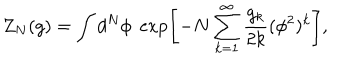
LaTeX: Z _ { N } ( g ) = \int d ^ { N } \phi \; \exp \left[ - N \sum _ { k = 1 } ^ { \infty } \frac { g _ { k } } { 2 k } ( \phi ^ { 2 } ) ^ { k } \right] ,